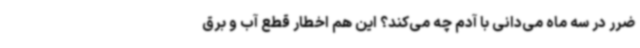
ضرر در سه ماه می‌دانی با آدم چه می‌کند؟ این هم اخطار قطع آب و برق